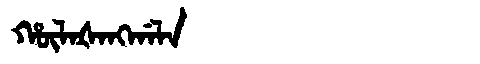
Manchu: ᡥᡡᠯᠠᡧᠠᠩᡤᠠᠯᠠ
Romanization: HŪLAŠANGGALA